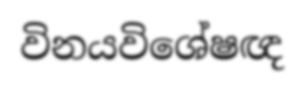
විනයවිශේෂඥ